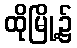
ထိုမြို့၌